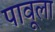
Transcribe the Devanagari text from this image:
पावूला